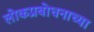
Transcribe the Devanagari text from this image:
लोकप्रबोधनाच्या